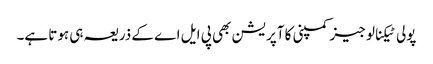
پولی ٹیکنالوجیز کمپنی کا آپریشن بھی پی ایل اے کے ذریعہ ہی ہوتا ہے۔